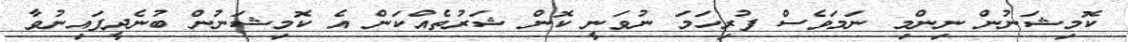
ކޮމިޝަނުން ނިންމި ނަމަވެސް ފުރިހަމަ ނުވަނީ ކޮން ޝަރުތެއްކަން އެ ކޮމިޝަނުން ބުނެދީފައިނުވާ